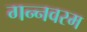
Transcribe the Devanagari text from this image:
गन्‍नवरम